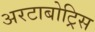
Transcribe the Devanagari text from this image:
अरटाबोट्रिस